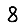
Digit: 8